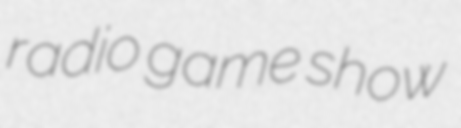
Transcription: radio game show